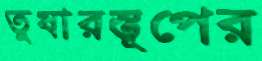
তুষারস্তূপের